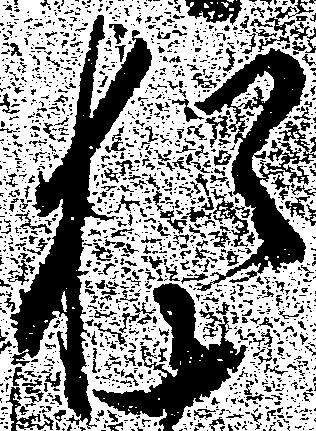
猶